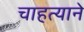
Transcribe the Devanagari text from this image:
चाहत्याने